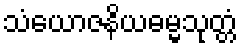
သံယောဇနိယဓမ္မသုတ္တံ